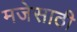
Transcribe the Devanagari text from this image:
मजेसाठी